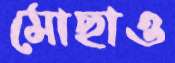
মোছাও